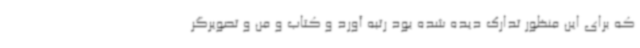
که برای این منظور تدارک دیده شده بود رتبه آورد و کتاب و من و تصویرگر